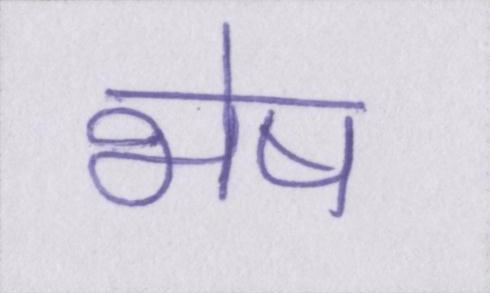
भेष